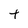
Character: T